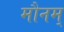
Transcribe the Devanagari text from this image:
मौनम्